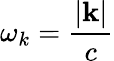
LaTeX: \omega_{k}=\frac{|\mathbf{k}|}{c}